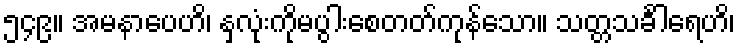
၅၄၉။ အမနာပေဟိ၊ နှလုံးကိုမပွါးစေတတ်ကုန်သော။ သတ္တသင်္ခါရေဟိ၊